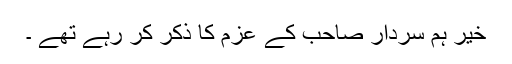
خیر ہم سردار صاحب کے عزم کا ذکر کر رہے تھے ۔